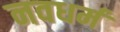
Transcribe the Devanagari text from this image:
नवधर्म